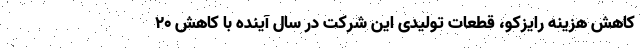
کاهش هزینه‌ رایزکو، قطعات تولیدی این شرکت در سال آینده با کاهش ۲۰